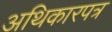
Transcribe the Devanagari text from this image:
अथिकारपत्र